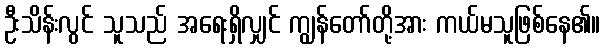
ဦးသိန်းလွင် သူသည် အရေးရှိလျှင် ကျွန်တော်တို့အား ကယ်မသူဖြစ်နေ၏။